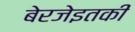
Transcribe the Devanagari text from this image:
बेरजेइतकी